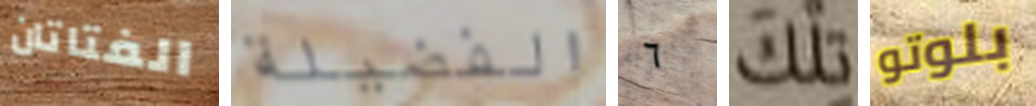
الفتاتان الفضيلة ٦ تلك بلوتو